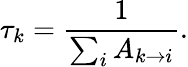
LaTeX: \tau_{k}=\frac{1}{\sum_{i}{A_{k\rightarrow i}}}.